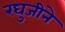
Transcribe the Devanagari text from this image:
रघुजीने